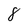
Character: 8